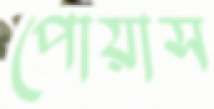
পোয়াস